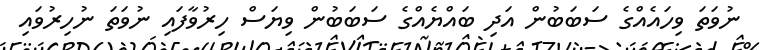
ނުވަތަ ވިހައެއްގެ ސަބަބުން އަދި ބައްޔެއްގެ ސަބަބުން ވިޔަސް ހިރުވާފައި ނުވަތަ ނުހިރުވައި